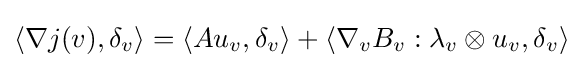
\langle \nabla j(v),\delta _{v}\rangle =\langle Au_{v},\delta _{v}\rangle +\langle \nabla _{v}B_{v}:\lambda _{v}\otimes u_{v},\delta _{v}\rangle